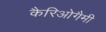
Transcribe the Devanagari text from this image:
कैरिओगैमी